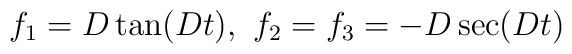
f_1= D\tan (Dt),\,\, f_2=f_3=-D\sec(Dt)